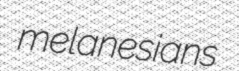
melanesians